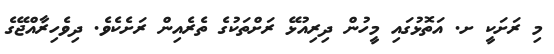
މި ރަށަކީ ށ. އަތޮޅުގައި މީހުން ދިރިއުޅޭ ރަށްތަކުގެ ތެރެއިން ރަށެކެވެ. ދިވެހިރާއްޖޭގެ